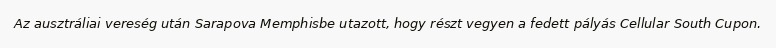
Az ausztráliai vereség után Sarapova Memphisbe utazott, hogy részt vegyen a fedett pályás Cellular South Cupon.